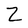
Character: Z